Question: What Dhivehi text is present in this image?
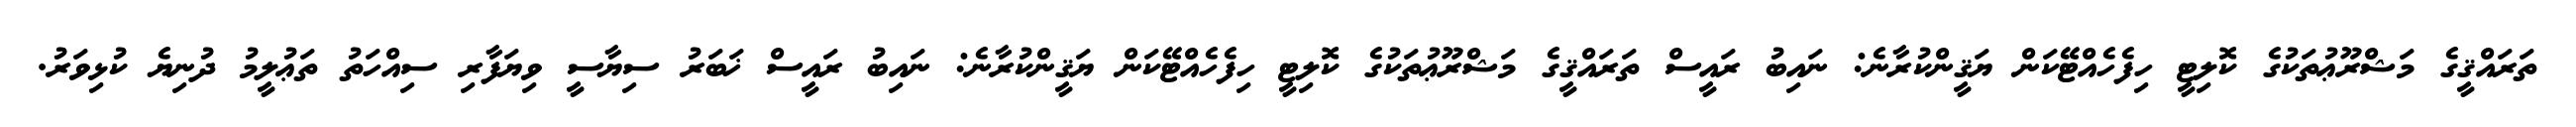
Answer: ތަރައްޤީގެ މަޝްރޫޢުތަކުގެ ކޮލިޓީ ހިފެހެއްޓޭކަން ޔަޤީންކުރާނެ: ނައިބު ރައީސް ތަރައްޤީގެ މަޝްރޫޢުތަކުގެ ކޮލިޓީ ހިފެހެއްޓޭކަން ޔަޤީންކުރާނެ: ނައިބު ރައީސް ޚަބަރު ސިޔާސީ ވިޔަފާރި ސިއްހަތު ތަޢުލީމު ދުނިޔެ ކުޅިވަރު.